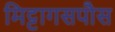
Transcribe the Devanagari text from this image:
मिट्टागसपौस